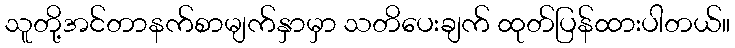
သူတို့အင်တာနက်စာမျက်နှာမှာ သတိပေးချက် ထုတ်ပြန်ထားပါတယ်။